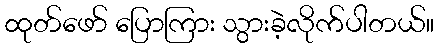
ထုတ်ဖော် ပြောကြား သွားခဲ့လိုက်ပါတယ်။